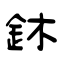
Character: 鈢